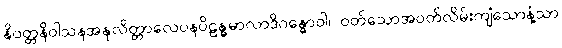
နိဝတ္တနိဝါသနအနုလိတ္တာလေပနပိဠန္ဓမာလာဒိဂန္ဓောဝါ၊ ဝတ်သောအဝတ်လိမ်းကျံသောနံ့သာ